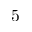
5